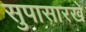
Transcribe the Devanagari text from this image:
सुपासारखे